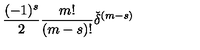
\frac { ( - 1 ) ^ { s } } { 2 } \frac { m ! } { ( m - s ) ! } { \check { \delta } } ^ { ( m - s ) }